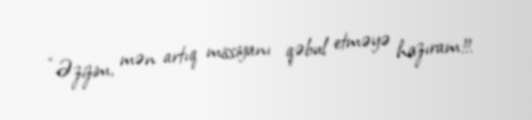
“Əzizim, mən artıq missiyanı qəbul etməyə hazıram!!.